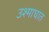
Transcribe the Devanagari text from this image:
उश्माघात